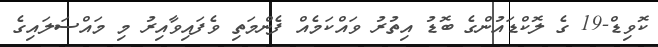
ކޮވިޑް-19 ގެ ލޮކްޑައުންގެ ބޮޑު އިތުރު ވައްކަމެއް ފެންމަތި ވެފައިވާއިރު މި މައްސަލައިގެ